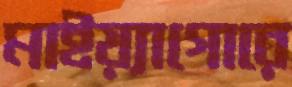
মাইয়্যাগোরে